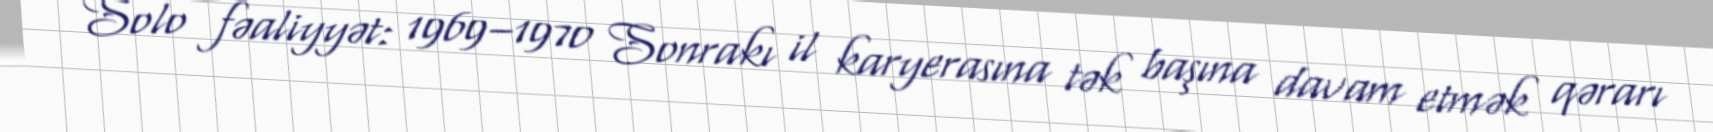
Solo fəaliyyət: 1969–1970 Sonrakı il karyerasına tək başına davam etmək qərarı